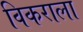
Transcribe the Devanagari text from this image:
विकराला